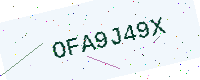
Text: OFA9J49X